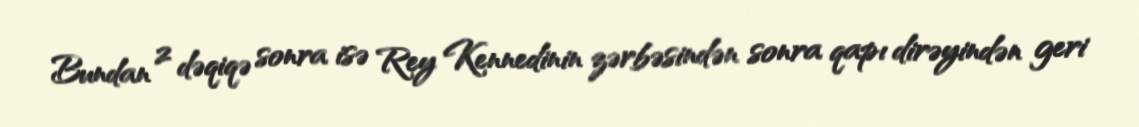
Bundan 2 dəqiqə sonra isə Rey Kennedinin zərbəsindən sonra qapı dirəyindən geri